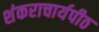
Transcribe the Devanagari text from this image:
शंकराचार्यपीठ